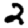
Digit: 2